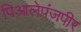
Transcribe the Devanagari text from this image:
पिआलेपंजपीर